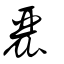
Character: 麗